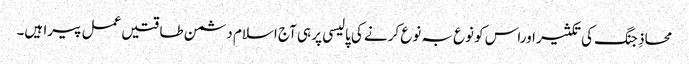
محاذِ جنگ کی تکثیر اوراس کو نوع بہ نوع کرنے کی پالیسی پر ہی آج اسلام دشمن طاقتیں عمل پیرا ہیں۔